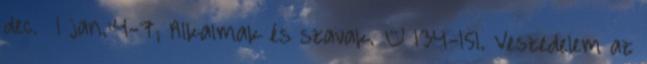
dec. 1 jan.:4-7; Alkalmak és szavak. – 134-151. Veszedelem az